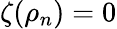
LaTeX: \zeta(\rho_{n})=0